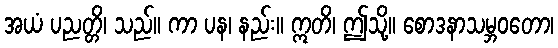
အယံ ပညတ္တိ၊ သည်။ ကာ ပန၊ နည်း။ ဣတိ၊ ဤသို့။ စောဒနာသမ္ဘဝတော၊